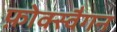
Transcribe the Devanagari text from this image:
फ़ोक्स्वैगन